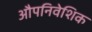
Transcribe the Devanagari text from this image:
औपनिवेशिक